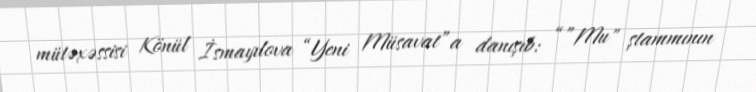
mütəxəssisi Könül İsmayılova “Yeni Müsavat”a danışıb: “”Mu" ştammının